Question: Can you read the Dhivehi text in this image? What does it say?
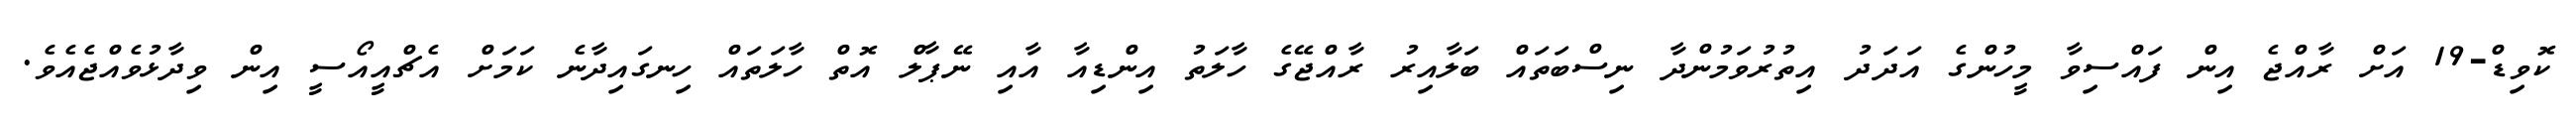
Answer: ކޮވިޑް-19 އަށް ރާއްޖެ އިން ފައްސިވާ މީހުންގެ އަދަދު އިތުރުވަމުންދާ ނިސްބަތައް ބަލާއިރު ރާއްޖޭގެ ހާލަތު އިންޑިއާ އާއި ނޭޕާލް އޮތް ހާލަތައް ހިނގައިދާނެ ކަމަށް އެޗްއީއޯސީ އިން ވިދާޅުވެއްޖެއެވެ.